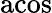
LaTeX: \mathrm{acos}